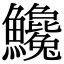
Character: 𩽝